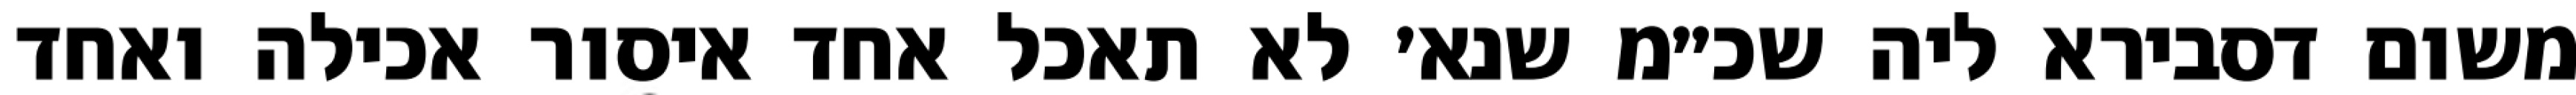
משום דסבירא ליה שכ״מ שנא׳ לא תאכל אחד איסור אכילה ואחד